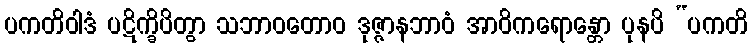
ပကတိဝါဒံ ပဋိက္ခိပိတွာ သဘာဝတောဝ ဒုဇ္ဇာနဘာဝံ အာဝိကရောန္တော ပုနပိ “ပကတိ